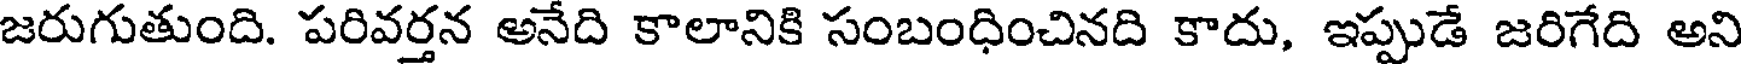
జరుగుతుంది. పరివర్తన అనేది కాలానికి సంబంధించినది కాదు, ఇప్పుడే జరిగేది అని